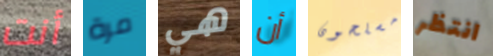
أنت مرة هي أن مسلحون انتظر